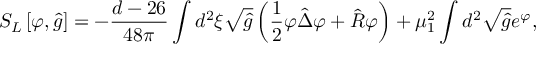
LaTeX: { S _ { L } } \left[ \varphi , \hat { g } \right] = - { \frac { d - 2 6 } { 4 8 \pi } } \int { d ^ { 2 } } \xi \sqrt { \hat { g } } \left( { \frac { 1 } { 2 } } \varphi \hat { \Delta } \varphi + \hat { R } \varphi \right) + { \mu _ { 1 } ^ { 2 } } \int { d ^ { 2 } } \sqrt { \hat { g } } { e ^ { \varphi } } ,